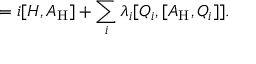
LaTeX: \mathrm { } = i [ H , A _ { \mathrm { H } } ] + \sum _ { i } ^ { } \lambda _ { i } [ Q _ { i } , [ A _ { \mathrm { H } } , Q _ { i } ] ] .